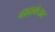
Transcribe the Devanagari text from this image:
बाह्यकंत्राट